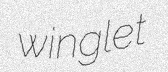
winglet